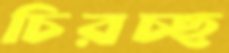
চিরচ্ছ